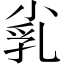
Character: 𡭾